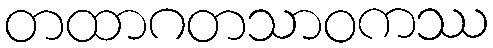
တထာဂတသာဝကဿ